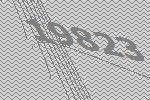
19823